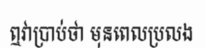
ឮវាប្រាប់ថា មុនពេលប្រលង